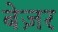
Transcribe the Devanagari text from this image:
बेज़र